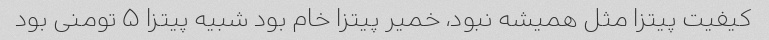
کیفیت پیتزا مثل همیشه نبود، خمیر پیتزا خام بود شبیه پیتزا ۵ تومنی بود